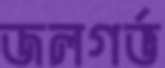
জলগর্ভ